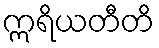
ဣရိယတီတိ